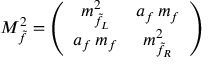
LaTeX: { \cal M } _ { \tilde { f } } ^ { 2 } = \left( \begin{array} { c c } { { m _ { \tilde { f } _ { L } } ^ { 2 } } } & { { a _ { f } \, m _ { f } } } \\ { { a _ { f } \, m _ { f } } } & { { m _ { \tilde { f } _ { R } } ^ { 2 } } } \end{array} \right)